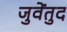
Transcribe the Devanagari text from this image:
जुवेंतुद